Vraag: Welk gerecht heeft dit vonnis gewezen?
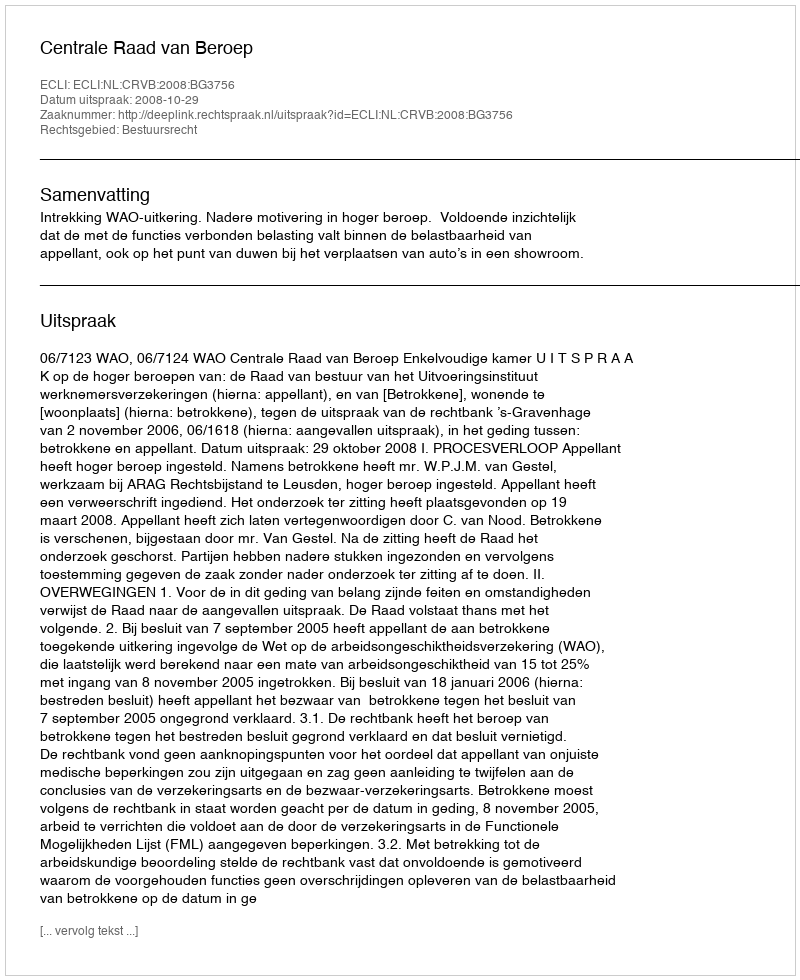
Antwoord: Centrale Raad van Beroep